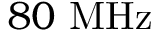
8 0 ~ \mathrm { M H z }